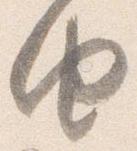
由